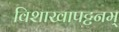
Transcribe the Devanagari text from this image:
विशाखापट्टनम्